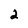
Character: 2